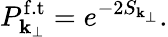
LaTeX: P_{{\mathbf k}_{\perp}}^{\mathrm{f.t}}=e^{-2S_{{\mathbf k}_{\perp}}}.